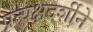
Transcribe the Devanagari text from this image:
प्रत्यक्षदर्शीने